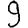
Digit: 9